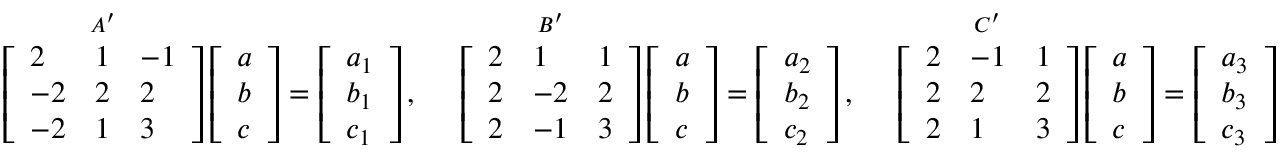
{ \overset { { A } ^ { \prime } } { \mathop { \left[ { \begin{array} { l l l } { 2 } & { 1 } & { - 1 } \\ { - 2 } & { 2 } & { 2 } \\ { - 2 } & { 1 } & { 3 } \end{array} } \right] } } } \left[ { \begin{array} { l } { a } \\ { b } \\ { c } \end{array} } \right] = \left[ { \begin{array} { l } { a _ { 1 } } \\ { b _ { 1 } } \\ { c _ { 1 } } \end{array} } \right] , \quad { \mathrm { ~ } } { \overset { { B } ^ { \prime } } { \mathop { \left[ { \begin{array} { l l l } { 2 } & { 1 } & { 1 } \\ { 2 } & { - 2 } & { 2 } \\ { 2 } & { - 1 } & { 3 } \end{array} } \right] } } } \left[ { \begin{array} { l } { a } \\ { b } \\ { c } \end{array} } \right] = \left[ { \begin{array} { l } { a _ { 2 } } \\ { b _ { 2 } } \\ { c _ { 2 } } \end{array} } \right] , \quad { \mathrm { ~ } } { \overset { { C } ^ { \prime } } { \mathop { \left[ { \begin{array} { l l l } { 2 } & { - 1 } & { 1 } \\ { 2 } & { 2 } & { 2 } \\ { 2 } & { 1 } & { 3 } \end{array} } \right] } } } \left[ { \begin{array} { l } { a } \\ { b } \\ { c } \end{array} } \right] = \left[ { \begin{array} { l } { a _ { 3 } } \\ { b _ { 3 } } \\ { c _ { 3 } } \end{array} } \right]